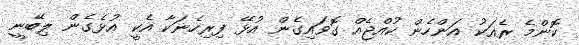
ކޮންމެ ރެއަކު އަންހެން ކުއްޖެއް ގޮވައިގެން އުޅޭ ފިރިހެނަކާ އެކީ އުޅެގެން ލިބޭނީ